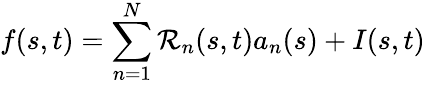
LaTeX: f(s,t)=\sum_{n=1}^{N}\mathcal{R}_{n}(s,t)a_{n}(s)+I(s,t)